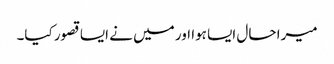
میرا حال ایسا ہوا اور میں نے ایسا قصور کیا۔